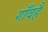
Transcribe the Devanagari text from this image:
गाँवहै